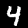
Label: 4